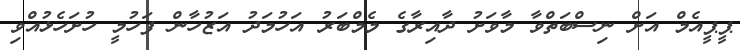
ޕީޕީއެމް އަށް ނިސްބަތްވާ މާވަށު ދާއިރާގެ މެމްބަރު އަހުމަދު އަޒުހާން ފަހުމީ ހުށަހެޅުއްވި